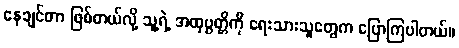
နေချင်တာ ဖြစ်တယ်လို့ သူ့ရဲ့ အထုပ္ပတ္တိကို ရေးသားသူတွေက ပြောကြပါတယ်။